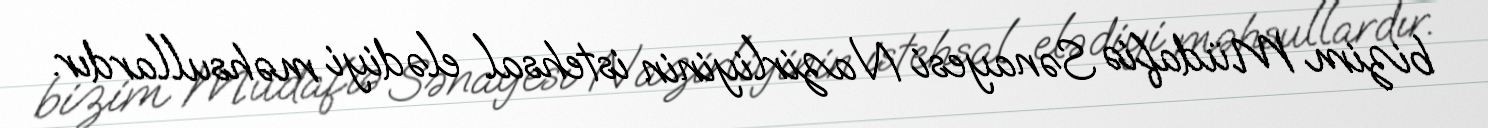
bizim Müdafiə Sənayesi Nazirliyinin istehsal elədiyi məhsullardır.